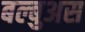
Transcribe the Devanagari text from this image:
बल्बुअस